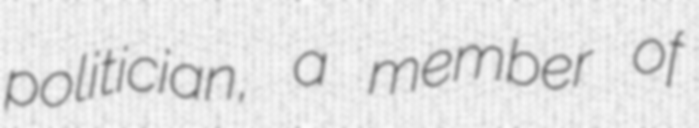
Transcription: politician, a member of